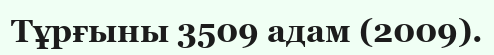
Тұрғыны 3509 адам (2009).